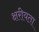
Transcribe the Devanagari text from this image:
क्षरीयता